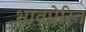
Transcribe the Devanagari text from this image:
भावप्रेरित